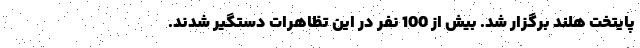
پایتخت هلند برگزار شد. بیش از 100 نفر در این تظاهرات دستگیر شدند.